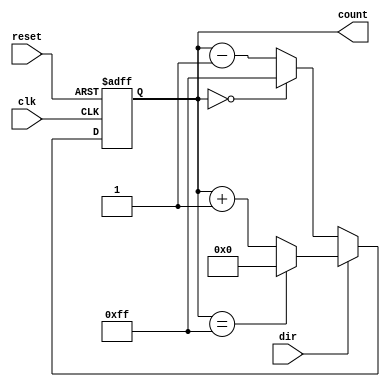
module counter8b_updown(output reg [7:0] count, input clk, reset, dir);

    always @(posedge clk, negedge reset) begin
        if(~reset)
            count <= 8'b0;
        else begin
            if(dir) begin
                if(count == 8'b1111_1111)
                    count <= 8'b0;
                else
                    count <= count + 1'b1;
            end
            else begin
                if(count == 8'b0)
                    count <= 8'b1111_1111;
                else
                    count <= count - 1'b1;
            end
        end 
    end
    
endmodule